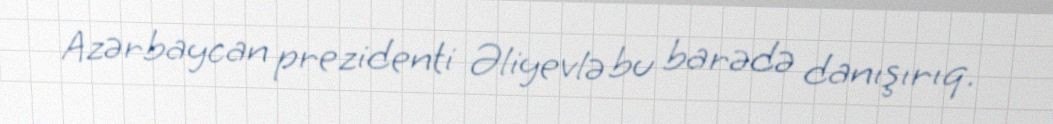
Azərbaycan prezidenti Əliyevlə bu barədə danışırıq.